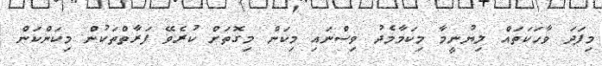
މިފަދަ ވާހަކަތައް ލިޔުނީމާ މިކަމާމެދު ވިސްނައި މިކަން މިގޮތަށް ކުރެވޭ ފަރާތްތަކުން މިކަންކަން